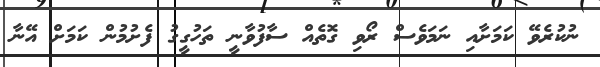
ނުކުރެވޭ ކަަމަށާއި ނަމަވެސް ރޯވި ގޮތެއް ސާފުވާނީ ތަހުގީގު ފެށުމުން ކަމަށް އޭނާ